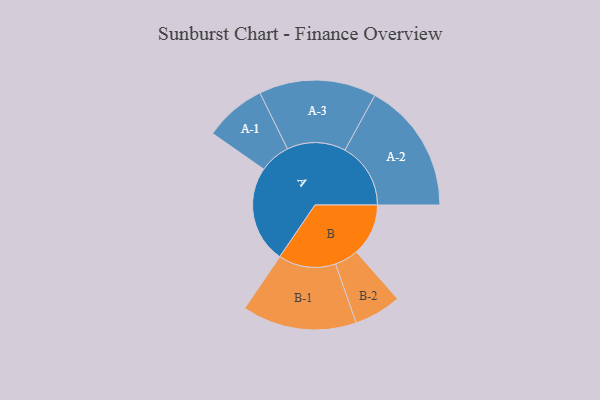
{"axis": {"x": "Segment", "y": "Value"}, "legend": ["", "A", "B"], "data": [{"x": "A", "y": 427, "type": ""}, {"x": "B", "y": 229, "type": ""}, {"x": "A-1", "y": 136, "type": "A"}, {"x": "A-2", "y": 289, "type": "A"}, {"x": "A-3", "y": 258, "type": "A"}, {"x": "B-1", "y": 252, "type": "B"}, {"x": "B-2", "y": 104, "type": "B"}]}